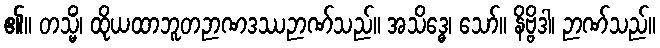
၏။ တသ္မိံ၊ ထိုယထာဘူတဉာဏဒဿဉာဏ်သည်။ အသိဒ္ဓေ၊ သော်။ နိဗ္ဗိဒါ၊ ဉာဏ်သည်။